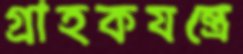
গ্রাহকযন্ত্রে